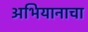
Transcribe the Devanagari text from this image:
अभियानाचा